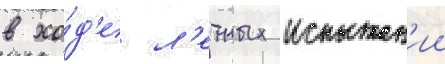
в хо́д'е л'етных испытан'ии